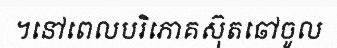
។នៅពេលបរិភោគស៊ុតឆៅចូល